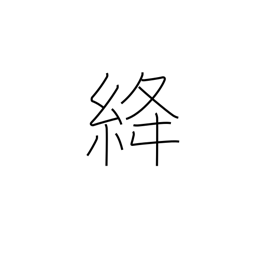
Meaning: red